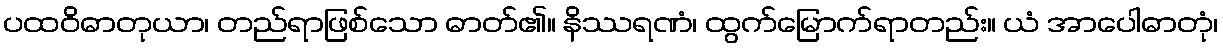
ပထဝိဓာတုယာ၊ တည်ရာဖြစ်သော ဓာတ်၏။ နိဿရဏံ၊ ထွက်မြောက်ရာတည်း။ ယံ အာပေါဓာတုံ၊